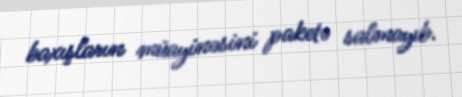
baxışların müayinəsini paketə salmayıb.